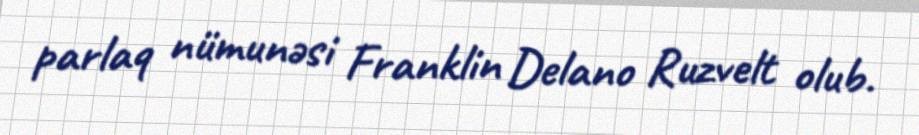
parlaq nümunəsi Franklin Delano Ruzvelt olub.